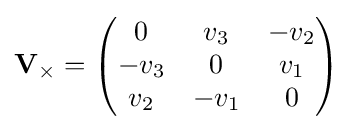
\mathbf {V} _{\times }={\begin{pmatrix}0&v_{3}&-v_{2}\\-v_{3}&0&v_{1}\\v_{2}&-v_{1}&0\\\end{pmatrix}}